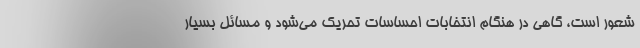
شعور است، گاهی در هنگام انتخابات احساسات تحریک می‌شود و مسائل بسیار